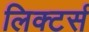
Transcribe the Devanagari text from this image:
लिक्टर्स